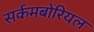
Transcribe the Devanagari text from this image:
सर्कमबोरियल